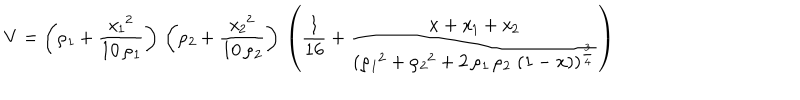
LaTeX: V = \left( { \it \rho _ { 1 } } + { \frac { { { { \it x _ { 1 } } } ^ { 2 } } } { 1 0 \, { \it \rho _ { 1 } } } } \right) \, \left( { \it \rho _ { 2 } } + { \frac { { { { \it x _ { 2 } } } ^ { 2 } } } { 1 0 \, { \it \rho _ { 2 } } } } \right) \, \left( \frac { 1 } { 1 6 } + { \frac { x + { \it x _ { 1 } } + { \it x _ { 2 } } } { { { \left( { { { \it \rho _ { 1 } } } ^ { 2 } } + { { { \it \rho _ { 2 } } } ^ { 2 } } + 2 \, { \it \rho _ { 1 } } \, { \it \rho _ { 2 } } \, \left( 1 - x \right) \right) } ^ { { \frac { 3 } { 4 } } } } } } \right)